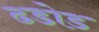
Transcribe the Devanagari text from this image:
ढडोड